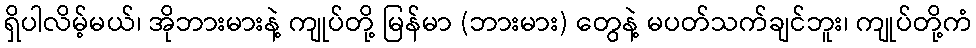
ရှိပါလိမ့်မယ်၊ အိုဘားမားနဲ့ ကျုပ်တို့ မြန်မာ (ဘားမား) တွေနဲ့ မပတ်သက်ချင်ဘူး၊ ကျုပ်တို့ကံ